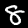
Label: 8